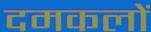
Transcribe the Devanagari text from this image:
दमकलों